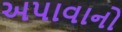
અપાવાનો